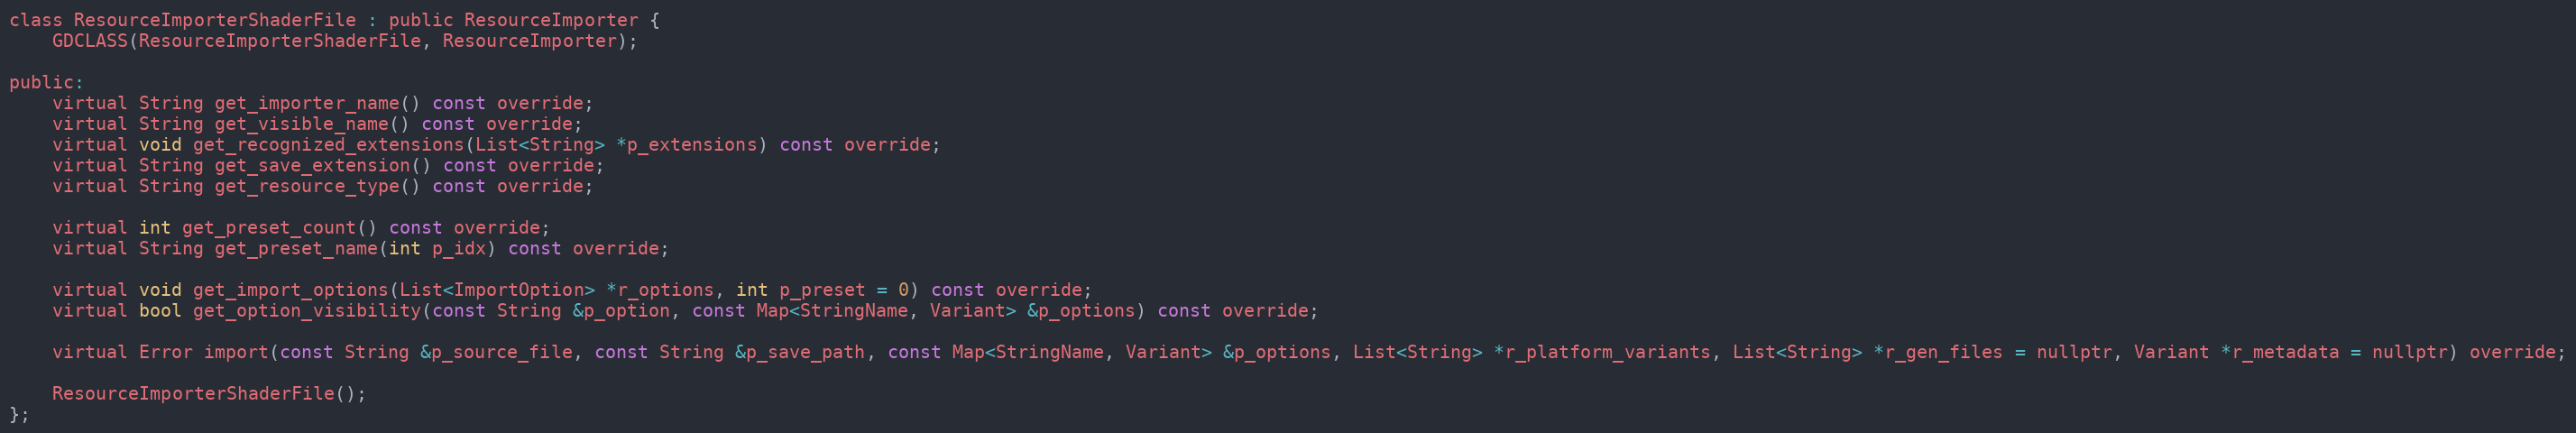
Language: C
class ResourceImporterShaderFile : public ResourceImporter {
	GDCLASS(ResourceImporterShaderFile, ResourceImporter);

public:
	virtual String get_importer_name() const override;
	virtual String get_visible_name() const override;
	virtual void get_recognized_extensions(List<String> *p_extensions) const override;
	virtual String get_save_extension() const override;
	virtual String get_resource_type() const override;

	virtual int get_preset_count() const override;
	virtual String get_preset_name(int p_idx) const override;

	virtual void get_import_options(List<ImportOption> *r_options, int p_preset = 0) const override;
	virtual bool get_option_visibility(const String &p_option, const Map<StringName, Variant> &p_options) const override;

	virtual Error import(const String &p_source_file, const String &p_save_path, const Map<StringName, Variant> &p_options, List<String> *r_platform_variants, List<String> *r_gen_files = nullptr, Variant *r_metadata = nullptr) override;

	ResourceImporterShaderFile();
};